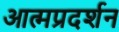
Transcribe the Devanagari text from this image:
आत्मप्रदर्शन